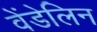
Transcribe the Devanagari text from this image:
वेंडेलिन